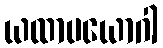
ယထာပယောဂါ